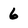
Character: 6